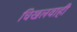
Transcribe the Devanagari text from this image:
चिखलवाही